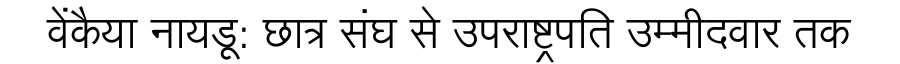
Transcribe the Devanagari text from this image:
वेंकैया नायडू: छात्र संघ से उपराष्ट्रपति उम्मीदवार तक